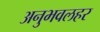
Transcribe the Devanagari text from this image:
अनुभवलहर